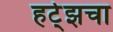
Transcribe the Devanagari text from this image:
हर्ट्झचा